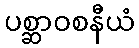
ပစ္ဆာဝစနီယံ